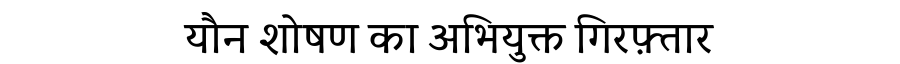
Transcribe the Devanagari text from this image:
यौन शोषण का अभियुक्त गिरफ़्तार